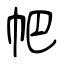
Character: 帊